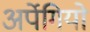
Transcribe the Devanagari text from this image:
अर्पेगियो